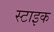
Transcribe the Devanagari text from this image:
स्टाइक